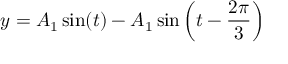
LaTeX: y = A _ { 1 } \sin ( t ) - A _ { 1 } \sin \left( t - { \frac { 2 \pi } { 3 } } \right)